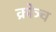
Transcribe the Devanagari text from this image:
क्रोञ्च